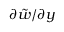
\partial \tilde { { w } } / \partial y